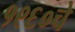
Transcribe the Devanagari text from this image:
१९६०चे